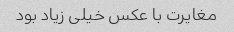
مغایرت با عکس خیلی زیاد بود